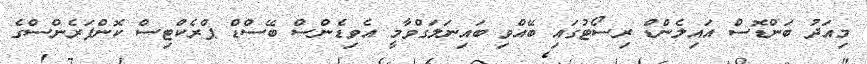
މިއަދު ބަންޑޮސް އައިލެންޑް ރިސޯޓުގައި ބޭއްވި ބައިނަލަގްވާމީ އެވިޑެންސް ބޭސްޑް ޕްރެކްޓިސް ކޮންފަރެންސްގެ